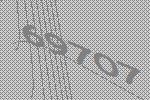
69707